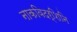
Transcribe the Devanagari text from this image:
नाकविदर्शिनि